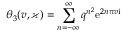
\theta _ { 3 } ( v , \varkappa ) = \sum _ { n = - \infty } ^ { \infty } q ^ { n ^ { 2 } } \mathrm { e } ^ { 2 n \pi v \mathrm { i } }